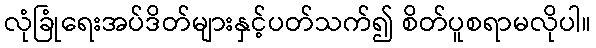
လုံခြုံရေးအပ်ဒိတ်များနှင့်ပတ်သက်၍ စိတ်ပူစရာမလိုပါ။